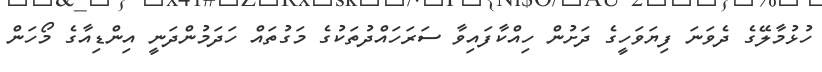
ހުޅުމާލޭގެ ދެވަނަ ފިޔަވަހީގެ ދަށުން ހިއްކާފައިވާ ސަރަހައްދުތަކުގެ މަގުތައް ހަދަމުންދަނީ އިންޑިއާގެ މޯހަން